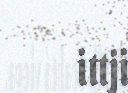
ittji